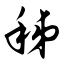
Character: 秭